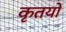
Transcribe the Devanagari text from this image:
कृतयों